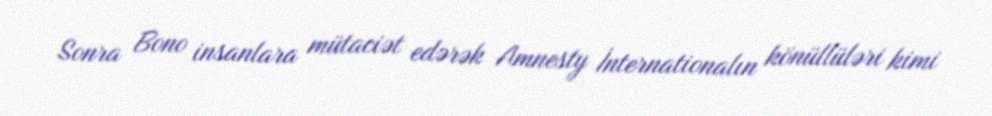
Sonra Bono insanlara mütaciət edərək Amnesty İnternationalın könüllüləri kimi